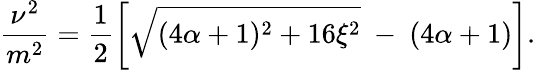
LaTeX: \frac{\nu^{2}}{m^{2}}=\frac{1}{2}\left[\sqrt{(4\alpha+1)^{2}+16\xi^{2}}\ -\ (4\alpha+1)\right].